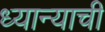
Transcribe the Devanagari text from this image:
ध्यान्याची